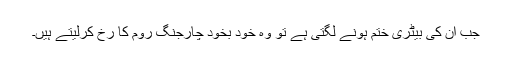
جب ان کی بیٹری ختم ہونے لگتی ہے تو وہ خود بخود چارجنگ روم کا رُخ کرلیتے ہیں۔